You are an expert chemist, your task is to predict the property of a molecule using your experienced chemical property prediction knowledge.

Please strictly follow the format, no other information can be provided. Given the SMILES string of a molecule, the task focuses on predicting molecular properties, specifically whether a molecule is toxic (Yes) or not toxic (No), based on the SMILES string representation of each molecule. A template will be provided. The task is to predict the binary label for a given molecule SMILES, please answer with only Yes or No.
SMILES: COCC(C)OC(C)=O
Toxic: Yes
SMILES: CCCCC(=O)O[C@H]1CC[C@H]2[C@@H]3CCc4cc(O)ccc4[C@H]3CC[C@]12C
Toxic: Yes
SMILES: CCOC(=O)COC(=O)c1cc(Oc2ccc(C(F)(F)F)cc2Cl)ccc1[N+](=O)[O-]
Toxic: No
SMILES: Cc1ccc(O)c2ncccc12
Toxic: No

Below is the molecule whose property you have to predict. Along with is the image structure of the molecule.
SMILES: CO[Si](C)(OC)OC
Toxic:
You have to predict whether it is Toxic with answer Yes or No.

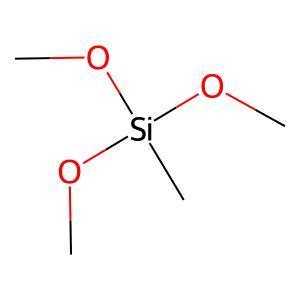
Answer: No